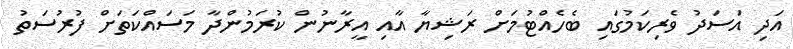
އަދި އަސަދު ވެރިކަމުގައި ބެހެއްޓުމަށް ރަޝިޔާ އާއި އީރާނުން ކުރަމުންދާ މަސައްކަތަަަށް ފުރުސަތު